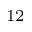
^ { 1 2 }